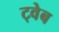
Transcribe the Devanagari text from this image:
ट्वेब